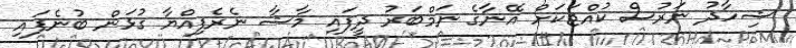
ޝިހާދު ނަރުސް ކުއްޖަކަށް އޭނާގެ ނަމްބަރު ދީފައި މާޝާ ނެރެފިއްޔާ ގުޅަން ބުނެފައި